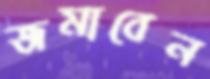
জমাবেন